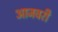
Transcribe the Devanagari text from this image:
आजवरी